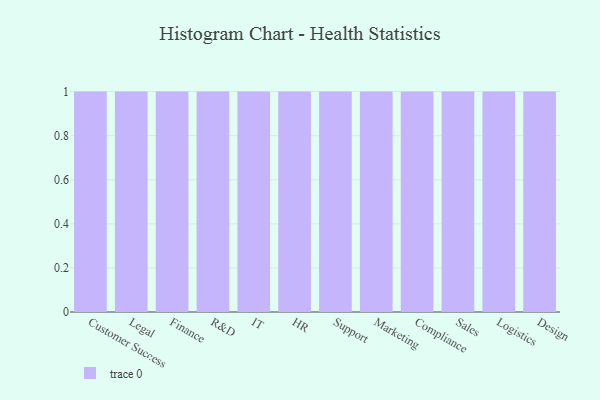
{"axis": {"x": "Department", "y": "Waste Production (Tons)"}, "legend": [""], "data": [{"x": "Customer Success", "y": 21, "type": ""}, {"x": "Legal", "y": 48, "type": ""}, {"x": "Finance", "y": 15, "type": ""}, {"x": "R&D", "y": 1, "type": ""}, {"x": "IT", "y": 39, "type": ""}, {"x": "HR", "y": 81, "type": ""}, {"x": "Support", "y": 85, "type": ""}, {"x": "Marketing", "y": 75, "type": ""}, {"x": "Compliance", "y": 60, "type": ""}, {"x": "Sales", "y": 35, "type": ""}, {"x": "Logistics", "y": 87, "type": ""}, {"x": "Design", "y": 77, "type": ""}]}